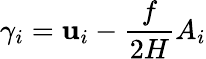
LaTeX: \gamma_{i}=\mathbf{u}_{i}-\frac{{f}}{{2H}}A_{i}